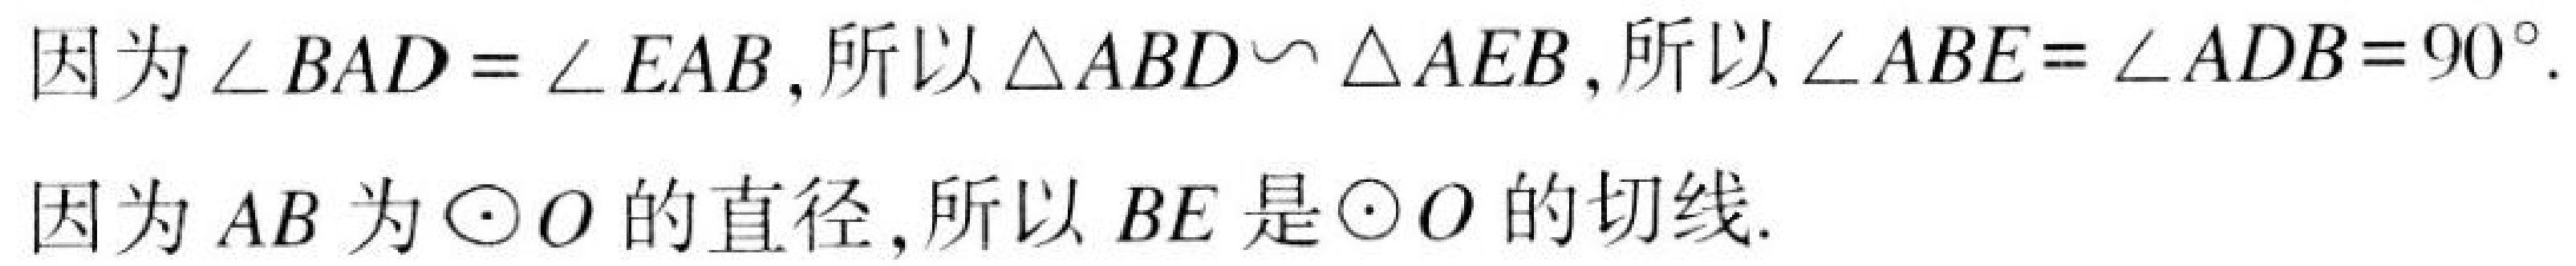
因为\(\angle BAD=\angle EAB\),所以\(\triangle ABD\backsim\triangle AEB\),所以\(\angle ABE = \angle ADB = 90^{\circ}\).
因为\(AB\)为\(\odot O\)的直径,所以\(BE\)是\(\odot O\)的切线.